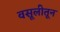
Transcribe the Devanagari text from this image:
वसूलीतून